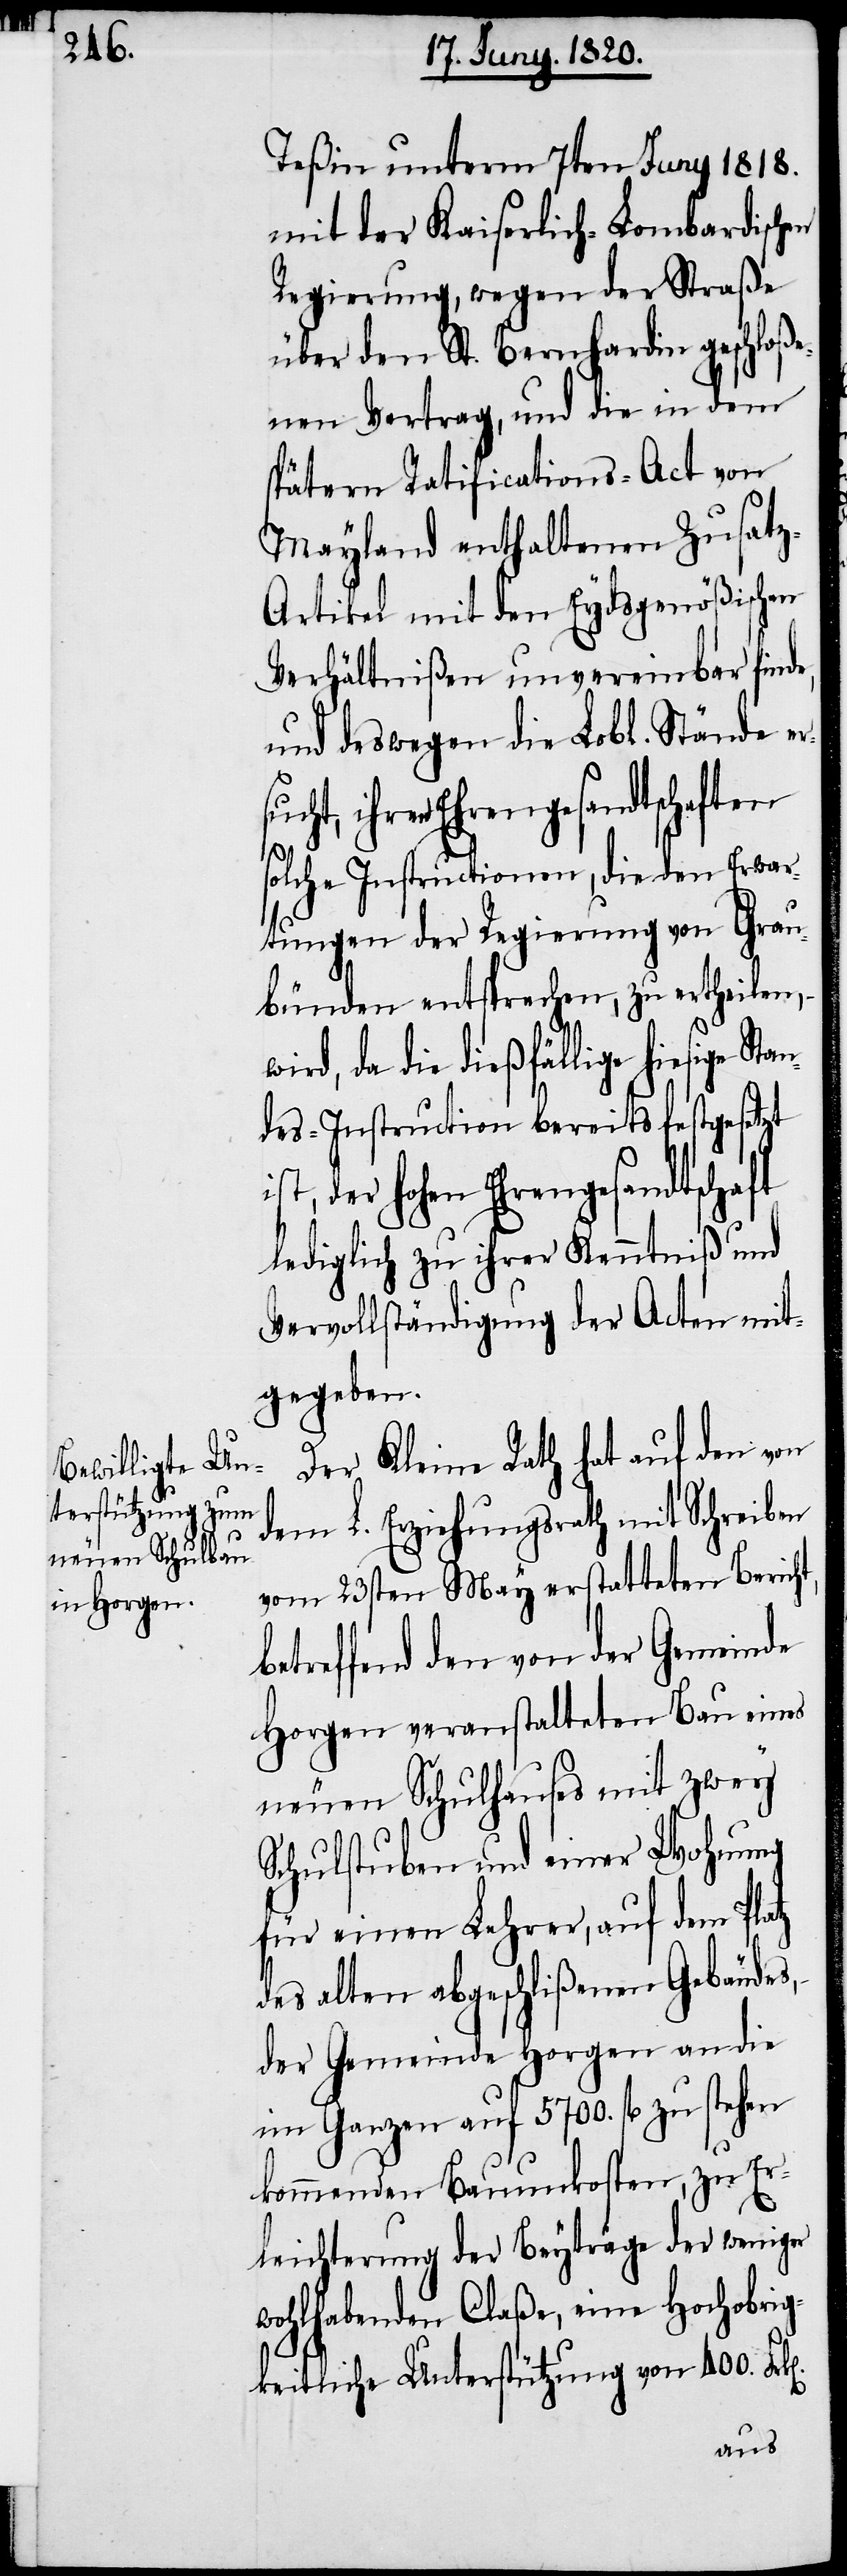
Teßin unterem 7ten Juny 1818.
mit der Kaiserlich-Lombardischen
Regierung, wegen der Straße
über den St. Bernhardin geschloße¬
nen Vertrag, und die in dem
spätern Ratifications-Act von
Mayland enthaltenen Zusat¬
z-Artikel mit den Eydsgenößischen
Verhältnißen unvereinbar finde,
und deswegen die Lobl. Stände
ihren Ehrengesandtschaften
solche Instructionen, die den Erwar¬
tungen der Regierung von Grau¬
bünden entsprechen, zu ertheilen,
wird, da die dießfällige hiesige St¬
des-Instruction bereits festgesetzt
ist, der hohen Ehrengesandtschaft
lediglich zu ihrer Kenntniß und
Vervollständigung der Acten mit¬
gegeben.
Der Kleine Rath hat auf den von
dem L. Erziehungsrath mit Schreiben
vom 23sten May erstatteten Bericht,
betreffend den von der Gemeinde
Horgen veranstalteten Bau eines
neuen Schulhauses mit zwey
Schulstuben und einer Wohnung
für einen Lehrer, auf dem Platz
des alten abgeschlißenen Gebäudes,
der Gemeinde Horgen an die
im Ganzen auf 5700. fl zu stehen
kommenden Bauunkosten, zu Er¬
leichterung der Beyträge der weniger
wohlhabenden Claße, eine Hochobrig¬
keitliche Unterstützung von 400.
an¬